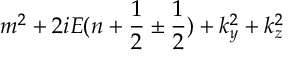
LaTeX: m ^ { 2 } + 2 i E ( n + { \frac { 1 } { 2 } } \pm { \frac { 1 } { 2 } } ) + k _ { y } ^ { 2 } + k _ { z } ^ { 2 }